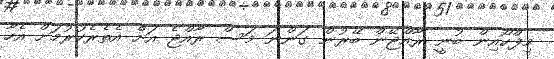
މިފްކޯއިން ބުނީ ރާއްޖޭން ބޭރުން ގަންނަ މަސް ރާއްޖެ އަށް އެތެރެކުރުމަށް އެހާ